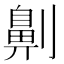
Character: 劓